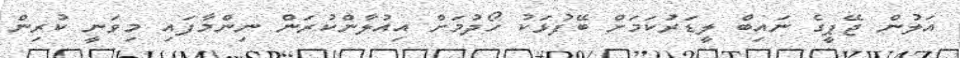
އަލުން ޖޭޕީގެ ނައިބް ލީޑަރުކަމަށް ބޭފުޅަކު ހޯދުމަށް އިއުލާންކުރަން ނިންމާފައި މިވަނީ ކުރިން